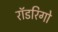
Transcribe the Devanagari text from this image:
रॉडरिगो